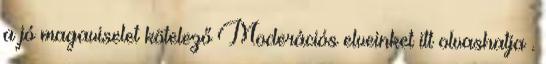
a jó magaviselet kötelező Moderációs elveinket itt olvashatja .